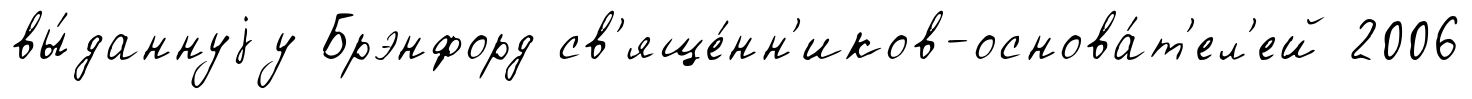
вы́даннуjу Брэнфорд св'яще́нн'иков-основа́т'ел'ей 2006